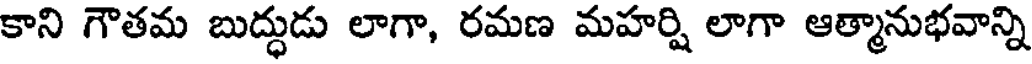
కాని గౌతమ బుద్ధుడు లాగా, రమణ మహర్షి లాగా ఆత్మానుభవాన్ని